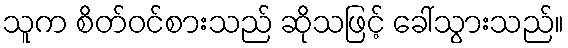
သူက စိတ်ဝင်စားသည် ဆိုသဖြင့် ခေါ်သွားသည်။